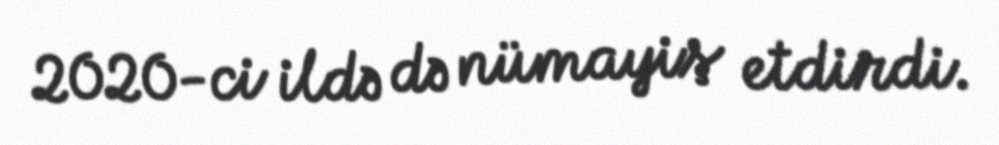
2020-ci ildə də nümayiş etdirdi.